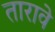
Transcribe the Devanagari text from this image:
तारावे